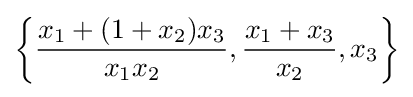
\left\{{\frac {x_{1}+(1+x_{2})x_{3}}{x_{1}x_{2}}},{\frac {x_{1}+x_{3}}{x_{2}}},x_{3}\right\}